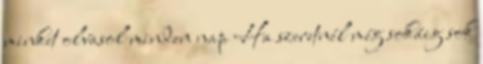
minket olvasol minden nap Ha szeretnél még sokáig sok